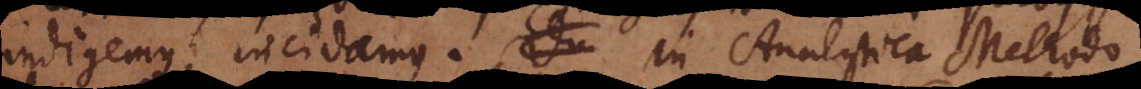
indigemus, incidamus. _ In Analytica Methodo